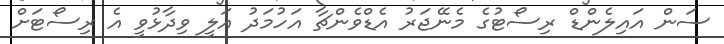
ސަން އައިލެންޑް ރިސޯޓުގެ މެނޭޖަރު އެޑްވެންޗާ އަހުމަދު އަލީ ވިދާޅުވީ އެ ރިސޯޓަށް